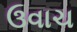
ઉવાચ